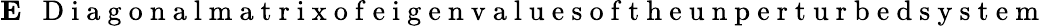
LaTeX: {\mathbf E}~~\mathrm{~D~i~a~g~o~n~a~l~m~a~t~r~i~x~o~f~e~i~g~e~n~v~a~l~u~e~s~o~f~t~h~e~u~n~p~e~r~t~u~r~b~e~d~s~y~s~t~e~m~}